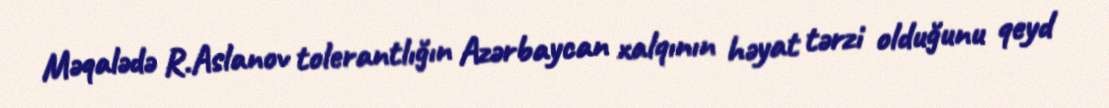
Məqalədə R.Aslanov tolerantlığın Azərbaycan xalqının həyat tərzi olduğunu qeyd